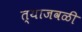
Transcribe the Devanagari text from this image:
त्याजवळी